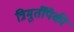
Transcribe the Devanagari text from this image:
त्रिमुर्तींपैकी